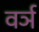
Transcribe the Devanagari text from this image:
वर्ञ